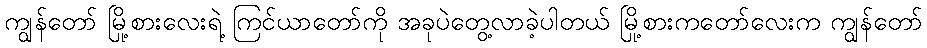
ကျွန်တော် မြို့စားလေးရဲ့ ကြင်ယာတော်ကို အခုပဲတွေ့လာခဲ့ပါတယ် မြို့စားကတော်လေးက ကျွန်တော်